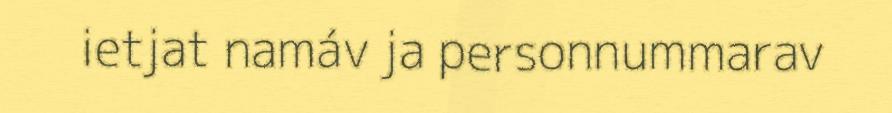
ietjat namáv ja personnummarav